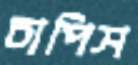
চাপিস